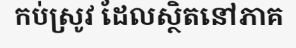
កប់ស្រូវ ដែលស្ថិតនៅភាគ